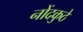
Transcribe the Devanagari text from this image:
नोंदकुठे